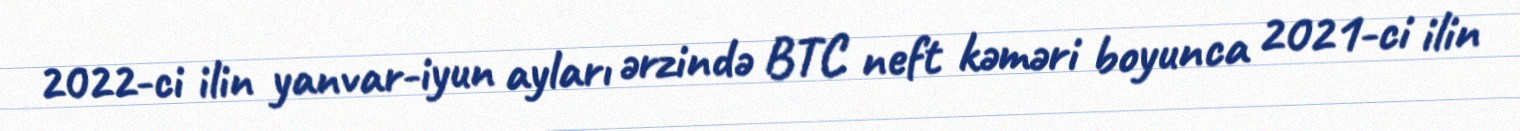
2022-ci ilin yanvar-iyun ayları ərzində BTC neft kəməri boyunca 2021-ci ilin